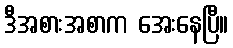
ဒီအစားအစာက အေးနေပြီ။